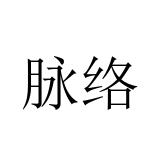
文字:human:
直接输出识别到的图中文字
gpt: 脉络